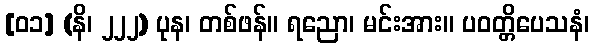
[၀၁] (နိ၊ ၂၂၂) ပုန၊ တစ်ဖန်။ ရညော၊ မင်းအား။ ပဝတ္တိပေသနံ၊